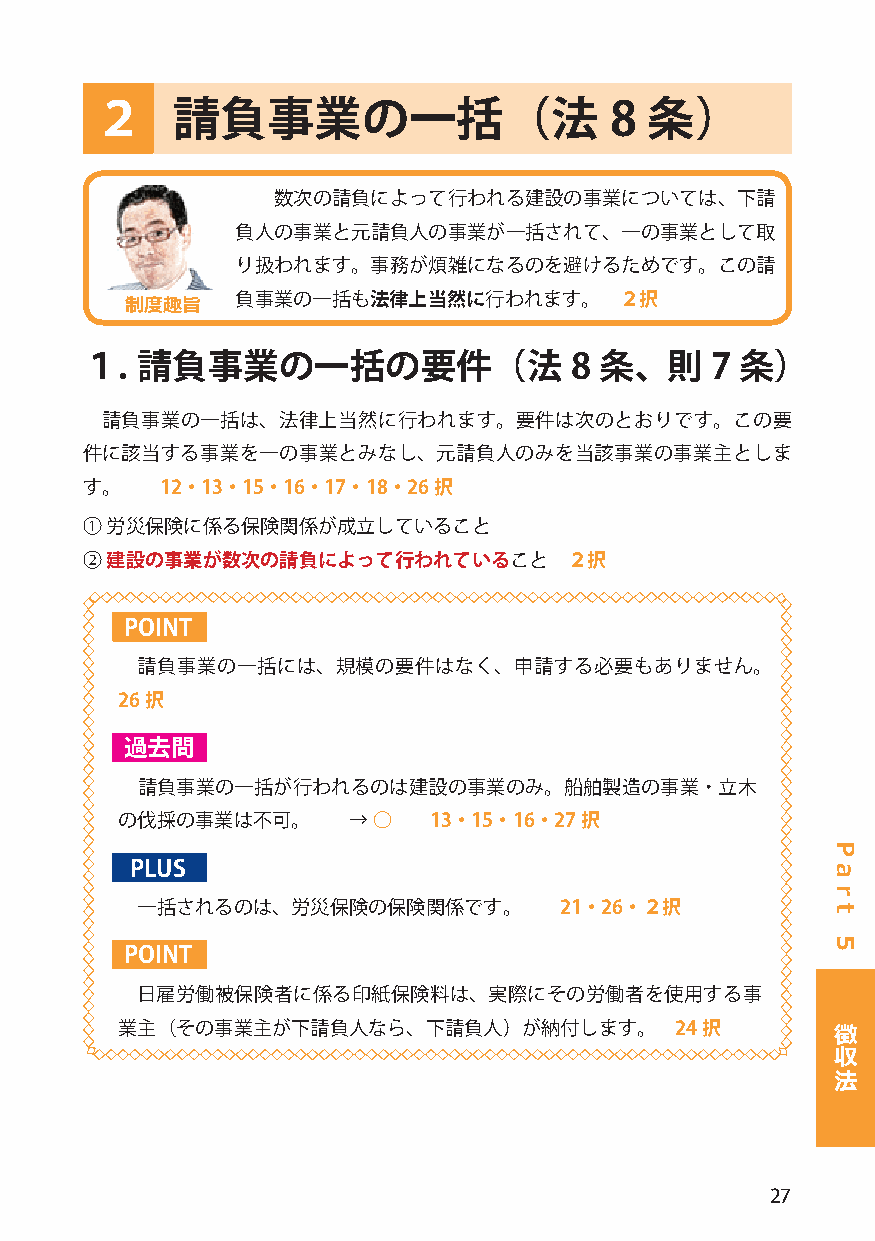
２    請負事業の一括（法                    8  条）
 数次の請負によって行われる建設の事業については、下請
 負人の事業と元請負人の事業が一括されて、一の事業として取
 り扱われます。事務が煩雑になるのを避けるためです。この請
 負事業の一括も法律上当然に行われます。      ２択
 制度趣旨
 １.  請負事業の一括の要件（法                 8 条、則    7 条）
 請負事業の一括は、法律上当然に行われます。要件は次のとおりです。この要
 件に該当する事業を一の事業とみなし、元請負人のみを当該事業の事業主としま
 す。    12・13・15・16・17・18・26択
 ① 労災保険に係る保険関係が成立していること
 ② 建設の事業が数次の請負によって行われていること        ２択
 POINT
 請負事業の一括には、規模の要件はなく、申請する必要もありません。
 26択
 過去問
 請負事業の一括が行われるのは建設の事業のみ。船舶製造の事業・立木
 の伐採の事業は不可。     → ○  13・15・16・27択
 PLUS
 一括されるのは、労災保険の保険関係です。        21・26・２択
 POINT
 日雇労働被保険者に係る印紙保険料は、実際にその労働者を使用する事
 業主（その事業主が下請負人なら、下請負人）が納付します。         24択       徴
 収
 法
 27
 P
 a
 r
 t
 5